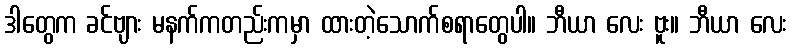
ဒါတွေက ခင်ဗျား မနက်ကတည်းကမှာ ထားတဲ့သောက်စရာတွေပါ။ ဘီယာ လေး ဗူး။ ဘီယာ လေး